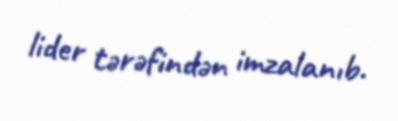
lider tərəfindən imzalanıb.